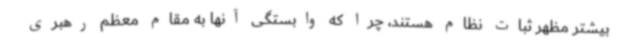
بیشتر مظهر ثبات نظام هستند، چرا که وابستگی آنها به مقام معظم رهبری